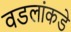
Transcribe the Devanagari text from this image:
वडलांकडे